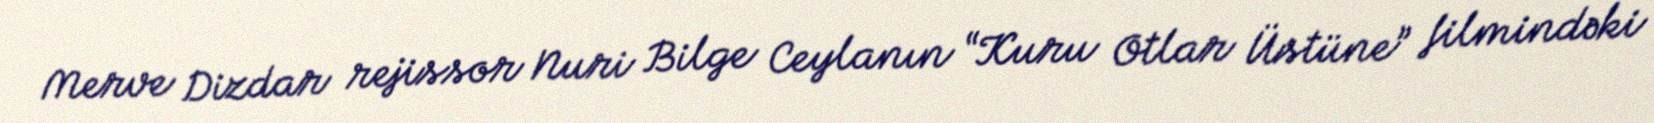
Merve Dizdar rejissor Nuri Bilge Ceylanın “Kuru Otlar Üstüne” filmindəki